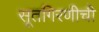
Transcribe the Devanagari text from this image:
सूतगिरणीची